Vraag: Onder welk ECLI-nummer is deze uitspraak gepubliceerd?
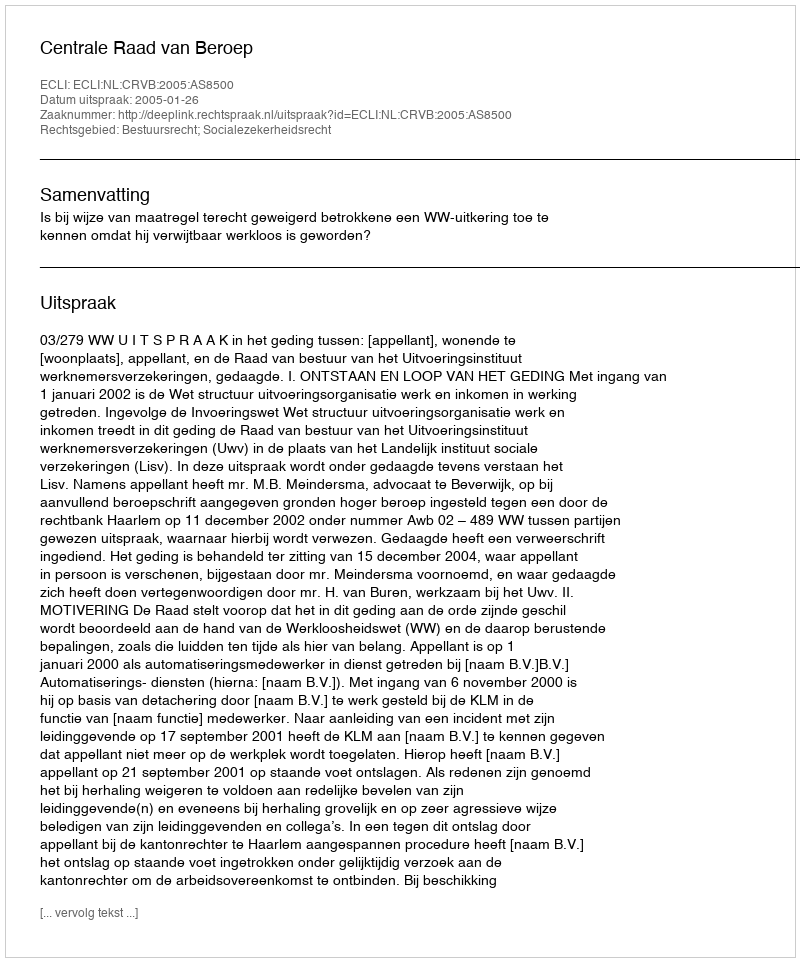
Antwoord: ECLI:NL:CRVB:2005:AS8500